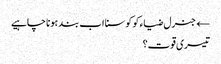
← جنرل ضیاء کو کوسنا اب بند ہونا چاہیے
تیسری قوت؟